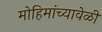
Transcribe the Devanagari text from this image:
मोहिमांच्यावेळी